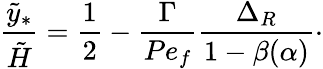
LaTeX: \frac{\tilde{y}_{\ast}}{\tilde{H}}=\frac{1}{2}-\frac{\Gamma}{Pe_{f}}\frac{\Delta_{R}}{1-\beta(\alpha)}\cdot